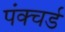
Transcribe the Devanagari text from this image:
पंक्चर्ड